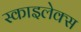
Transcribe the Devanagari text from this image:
स्काइलेक्स